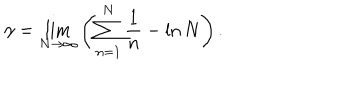
LaTeX: \gamma = \lim _ { N \to \infty } \left( \sum _ { n = 1 } ^ { N } \frac { 1 } { n } - \ln N \right) .